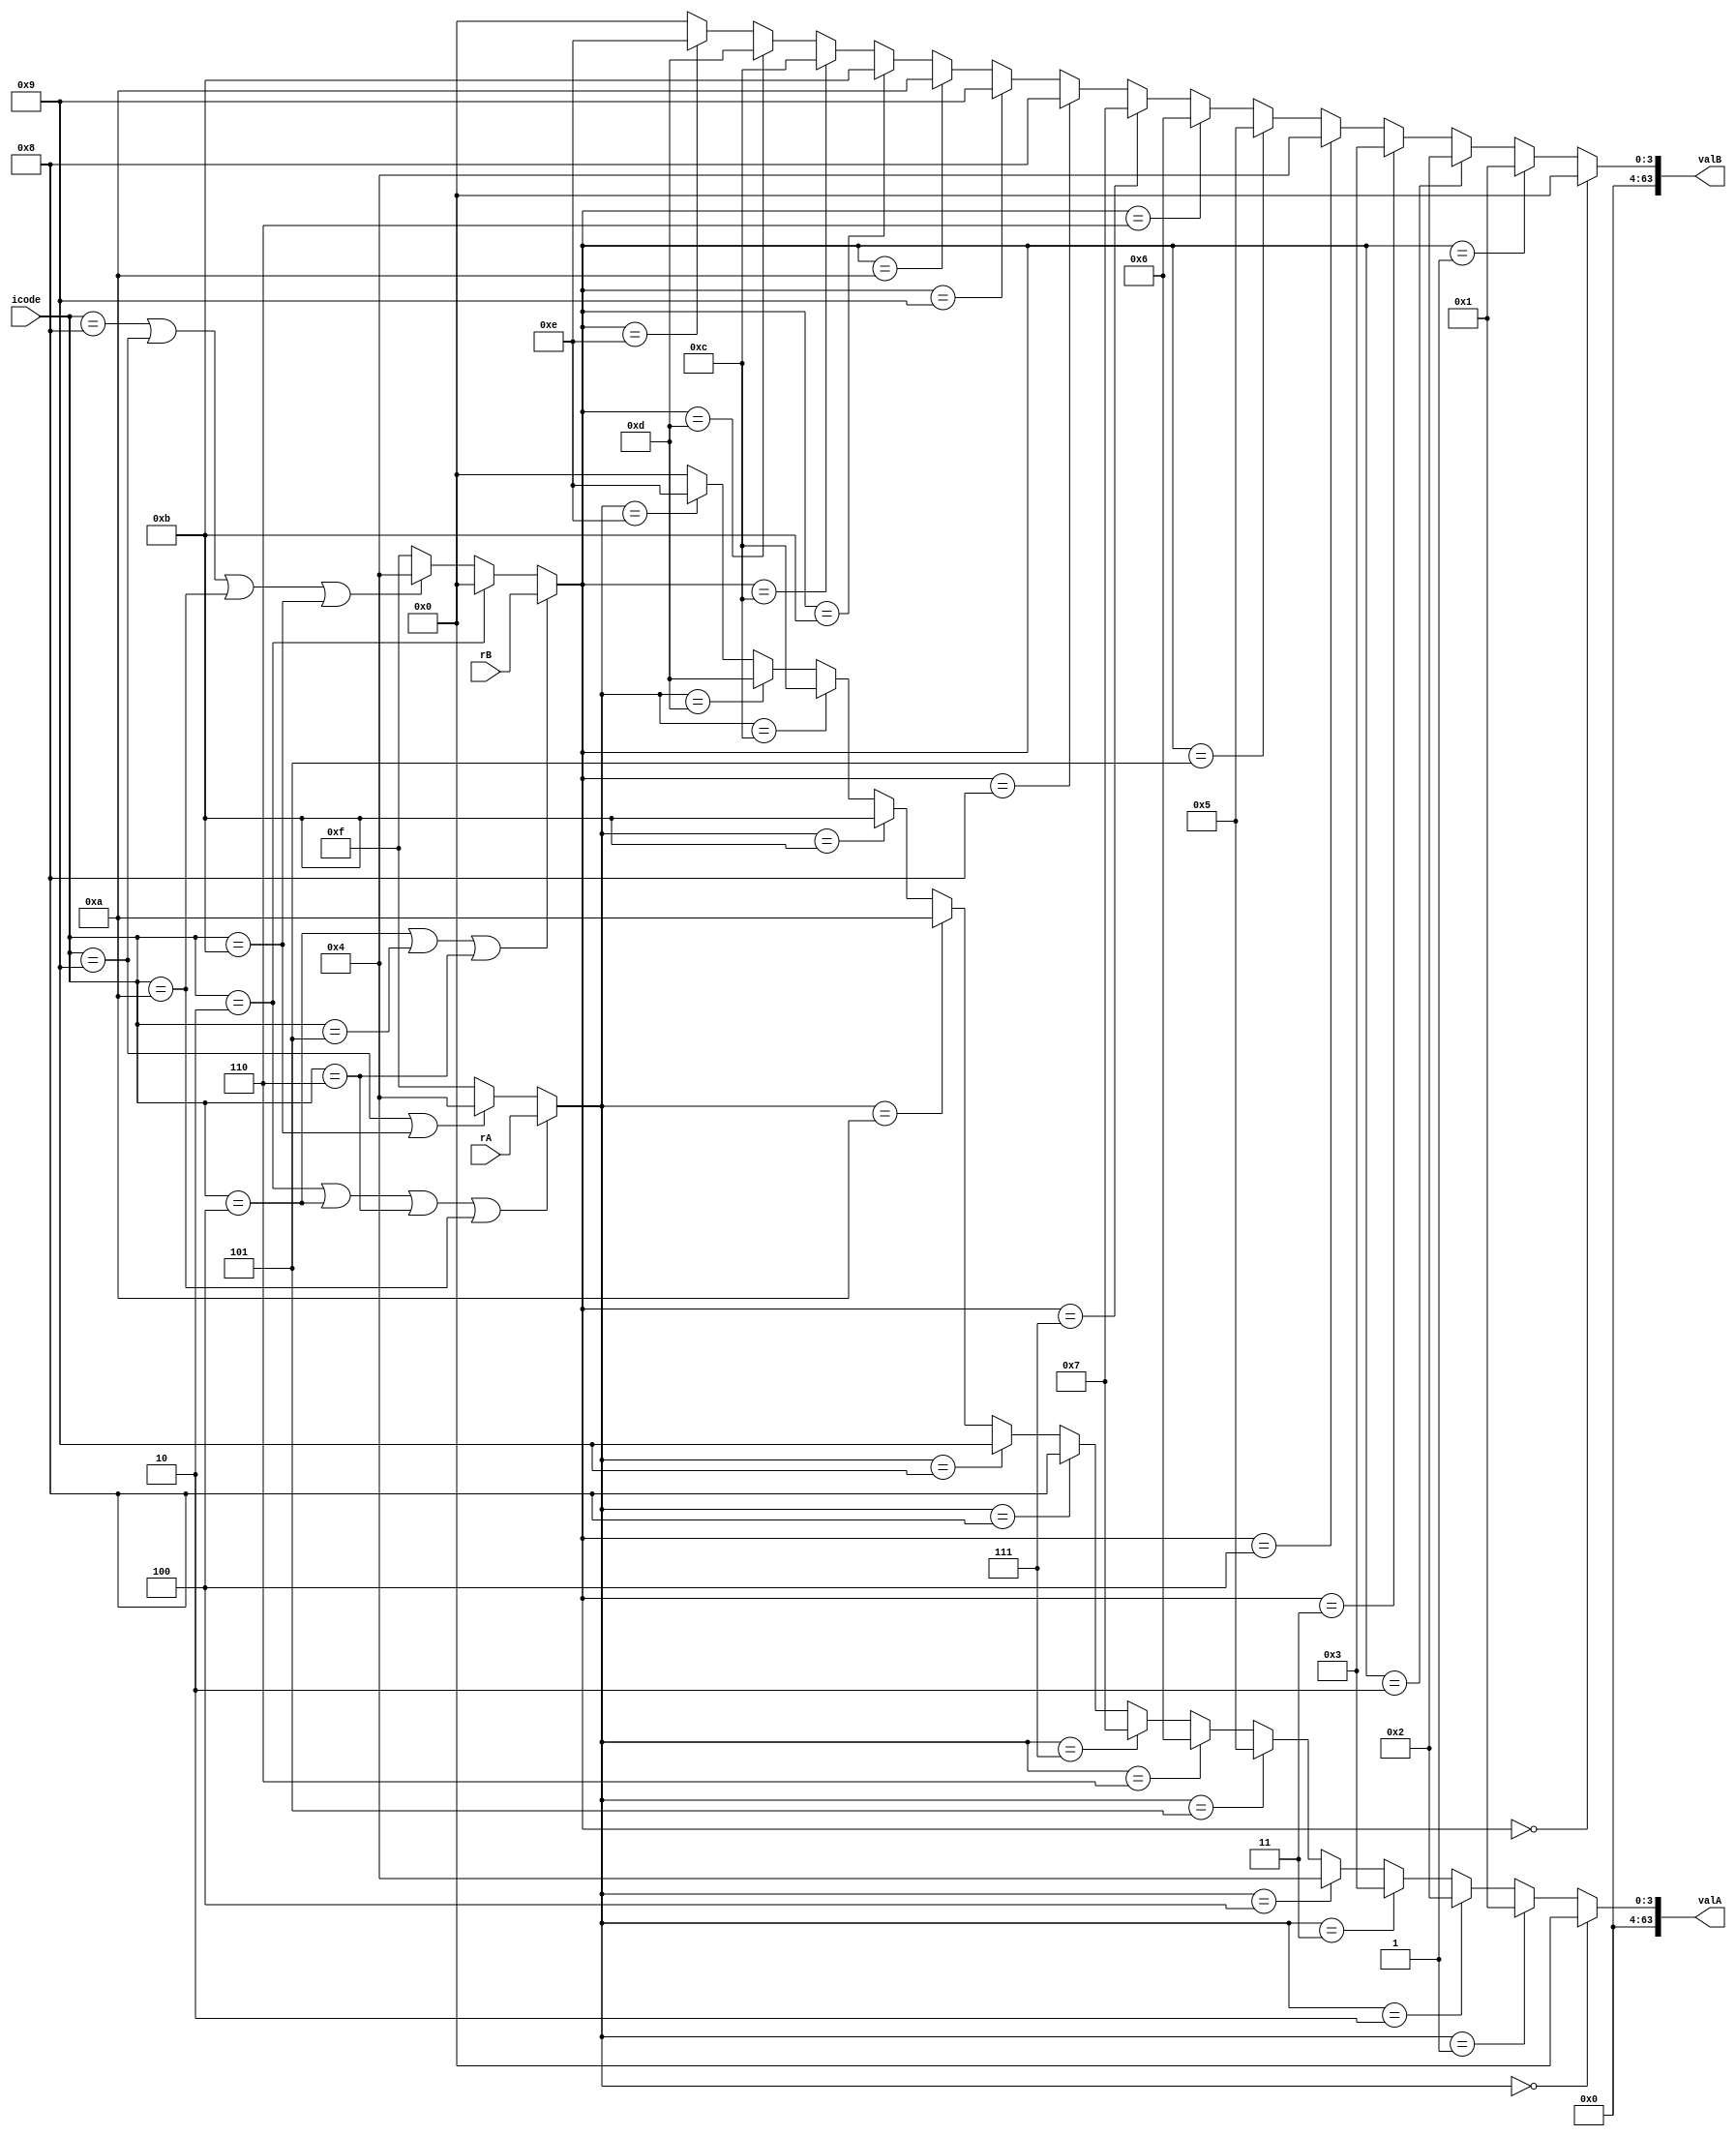
module Decode(valA,valB,rA,rB,icode);

input [3:0]rA,rB,icode;
output wire [63:0]valA,valB;

reg [63:0]rax,rcx,rdx,rbx,rsp,rbp,rsi,rdi,r8,r9,r10,r11,r12,r13,r14;
/////////////// TO BE REMOVED     USE irmovq to put values in it
initial 
begin
rax=64'h0;
rcx=64'h1;
rdx=64'h2;
rbx=64'h3;
rsp=64'h4;
rbp=64'h5;
rsi=64'h6;
rdi=64'h7;
r8 =64'h8;
r9 =64'h9;
r10=64'ha;
r11=64'hb;
r12=64'hc;
r13=64'hd;
r14=64'he;
end
/////////////////

wire [3:0]srcA,srcB;

assign srcA = (icode==4'd2 | icode==4'd4 | icode==4'd6 | icode==4'ha) ? rA : (icode==4'h9 | icode==4'hb) ? 4'h4 : 4'hf;
assign srcB = (icode==4'h4 | icode==4'h5 | icode==4'h6) ? rB : (icode==4'h2) ? 4'h0 : (icode==4'd8 | icode==4'd9 | icode==4'd10 | icode==4'd11) ? 4'h4 : 4'hf;

assign valA = (srcA==0)?rax:(srcA==1)?rcx:(srcA==2)?rdx:(srcA==3)?rbx:(srcA==4)?rsp:(srcA==5)?rbp:(srcA==6)?rsi:(srcA==7)?rdi:(srcA==8)?r8:(srcA==9)?r9:(srcA==10)?r10:(srcA==11)?r11:(srcA==12)?r12:(srcA==13)?r13:(srcA==14)?r14:64'h0;
assign valB = (srcB==0)?rax:(srcB==1)?rcx:(srcB==2)?rdx:(srcB==3)?rbx:(srcB==4)?rsp:(srcB==5)?rbp:(srcB==6)?rsi:(srcB==7)?rdi:(srcB==8)?r8:(srcB==9)?r9:(srcB==10)?r10:(srcB==11)?r11:(srcB==12)?r12:(srcB==13)?r13:(srcB==14)?r14:64'h0;
endmodule